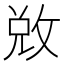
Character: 敚